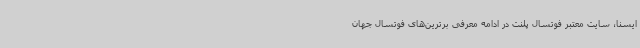
ایسنا، سایت معتبر فوتسال پلنت در ادامه معرفی برترین‌های فوتسال جهان